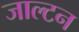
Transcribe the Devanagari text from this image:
जाल्‍टन